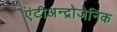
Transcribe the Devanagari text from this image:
एंटीअन्द्रोजेनिक